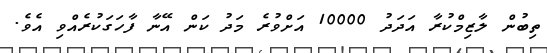
ތިބުން ލާޒިމްކުރާ އަދަދު 10000 އަށްވުރެ މަދު ކަން އޭނާ ފާހަގަކުރެއްވި އެވެ.